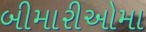
બીમારીઓમા